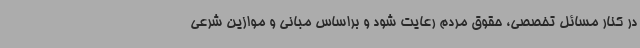
در کنار مسائل تخصصی، حقوق مردم رعایت شود و براساس مبانی و موازین شرعی